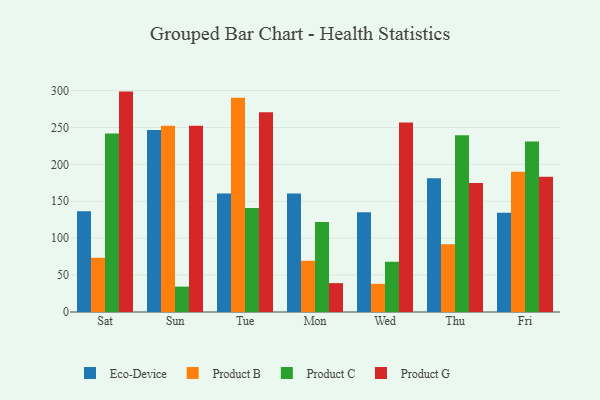
{"axis": {"x": "Day", "y": "Backlog"}, "legend": ["Eco-Device", "Product B", "Product C", "Product G"], "data": [{"x": "Sat", "y": 136.5, "type": "Eco-Device"}, {"x": "Sat", "y": 73.5, "type": "Product B"}, {"x": "Sat", "y": 241.9, "type": "Product C"}, {"x": "Sat", "y": 298.6, "type": "Product G"}, {"x": "Sun", "y": 246.6, "type": "Eco-Device"}, {"x": "Sun", "y": 252.5, "type": "Product B"}, {"x": "Sun", "y": 34.4, "type": "Product C"}, {"x": "Sun", "y": 252.5, "type": "Product G"}, {"x": "Tue", "y": 160.5, "type": "Eco-Device"}, {"x": "Tue", "y": 290.3, "type": "Product B"}, {"x": "Tue", "y": 140.8, "type": "Product C"}, {"x": "Tue", "y": 270.6, "type": "Product G"}, {"x": "Mon", "y": 160.5, "type": "Eco-Device"}, {"x": "Mon", "y": 69.4, "type": "Product B"}, {"x": "Mon", "y": 122.1, "type": "Product C"}, {"x": "Mon", "y": 39.1, "type": "Product G"}, {"x": "Wed", "y": 135.1, "type": "Eco-Device"}, {"x": "Wed", "y": 38.2, "type": "Product B"}, {"x": "Wed", "y": 68.1, "type": "Product C"}, {"x": "Wed", "y": 256.9, "type": "Product G"}, {"x": "Thu", "y": 181.2, "type": "Eco-Device"}, {"x": "Thu", "y": 91.9, "type": "Product B"}, {"x": "Thu", "y": 239.5, "type": "Product C"}, {"x": "Thu", "y": 174.7, "type": "Product G"}, {"x": "Fri", "y": 134.3, "type": "Eco-Device"}, {"x": "Fri", "y": 189.9, "type": "Product B"}, {"x": "Fri", "y": 231.1, "type": "Product C"}, {"x": "Fri", "y": 183.4, "type": "Product G"}]}